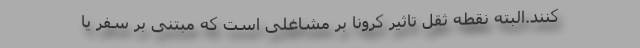
کنند.البته نقطه ثقل تاثیر کرونا بر مشاغلی است که مبتنی بر سفر یا